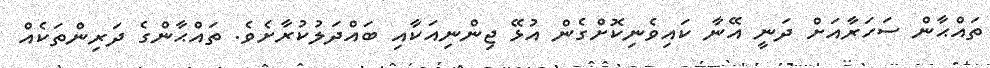
ތައްޙާން ސަހަރާއަށް ދަނީ އޭނާ ކައިވެނިކޮށްގެން އުޅޭ ޖިންނިއަކާއި ބައްދަލުކުރާށެވެ. ތައްޙާންގެ ދަރިންތަކެއް